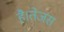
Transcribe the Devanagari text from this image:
है।तेजस